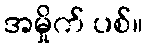
အမှိုက် ပစ်။